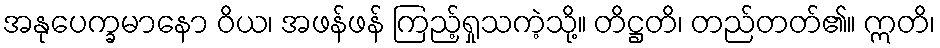
အနုပေက္ခမာနော ဝိယ၊ အဖန်ဖန် ကြည့်ရှုသကဲ့သို့။ တိဋ္ဌတိ၊ တည်တတ်၏။ ဣတိ၊